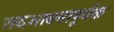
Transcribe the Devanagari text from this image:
सदभावनापूर्वक